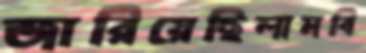
জারিয়েছিলামবি